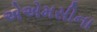
એએમસીના